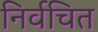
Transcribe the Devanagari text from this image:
निर्वचित